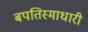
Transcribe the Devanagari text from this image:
बपतिस्माधारी